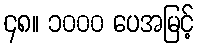
၄၈။ ၁၀၀၀ ပေအမြင့်